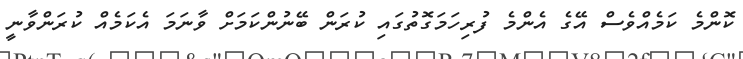
ކޮންމެ ކަމެއްވެސް އޭގެ އެންމެ ފުރިހަމަގޮތުގައި ކުރަން ބޭނުންކަމަށް ވާނަމަ އެކަމެއް ކުރަންވާނީ